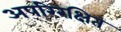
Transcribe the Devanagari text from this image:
अपरिरक्षित